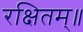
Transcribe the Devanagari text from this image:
रक्षितम्॥